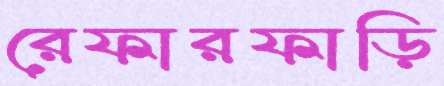
রেফারফাড়ি